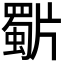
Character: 𭷍